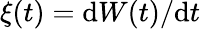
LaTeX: \xi(t)=\mathrm{d}W(t)/\mathrm{d}t